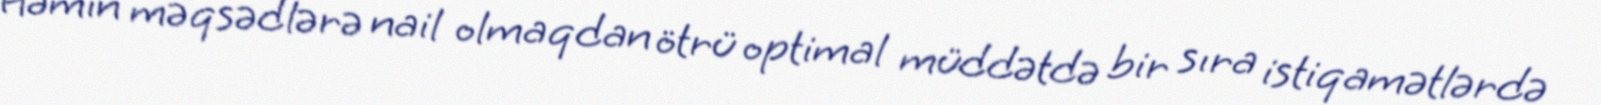
Həmin məqsədlərə nail olmaqdan ötrü optimal müddətdə bir sıra istiqamətlərdə